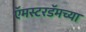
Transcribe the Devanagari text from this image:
ऍमस्टरडॅमच्या